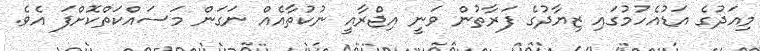
މިއަދުގެ އަޑުއެހުމުގައި ޒިޔާދުގެ ފަރާތުން ވަނީ އިޖްރާއީ ނުކުތާއެއް ނަގަން މަސައްކަތްކޮށްފަ އެވެ.